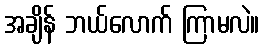
အချိန် ဘယ်လောက် ကြာမလဲ။